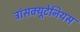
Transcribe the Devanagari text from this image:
ट्रांसक्यूटेनियस